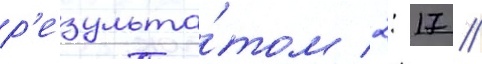
р'езульта́том 2: 17 //